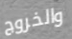
والخروج